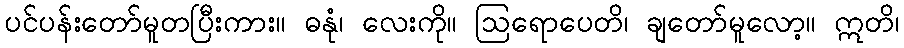
ပင်ပန်းတော်မူတပြီးကား။ ဓနုံ၊ လေးကို။ ဩရောပေတိ၊ ချတော်မူလော့။ ဣတိ၊